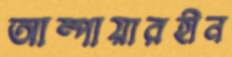
আম্পায়ারহীন